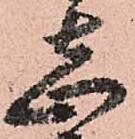
志